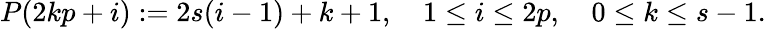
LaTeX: P(2kp+i):=2s(i-1)+k+1,\quad 1\leq i\leq 2p,\quad 0\leq k\leq s-1.